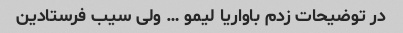
در توضیحات زدم باواریا لیمو … ولی سیب فرستادین